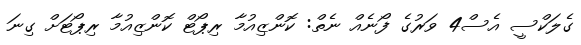
ގެލަކްސީ އެސް4 ވަރުގެ ފޯނެއް ނެތް: ކޮންޒިއުމާ ރިޕޯޓް ކޮންޒިއުމާ ރިޕޯޓަށް ގިނަ